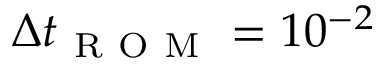
\Delta t _ { \mathrm { ~ R ~ O ~ M ~ } } = 1 0 ^ { - 2 }